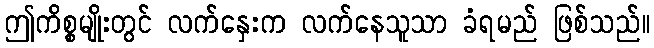
ဤကိစ္စမျိုးတွင် လက်နှေးက လက်နေသူသာ ခံရမည် ဖြစ်သည်။